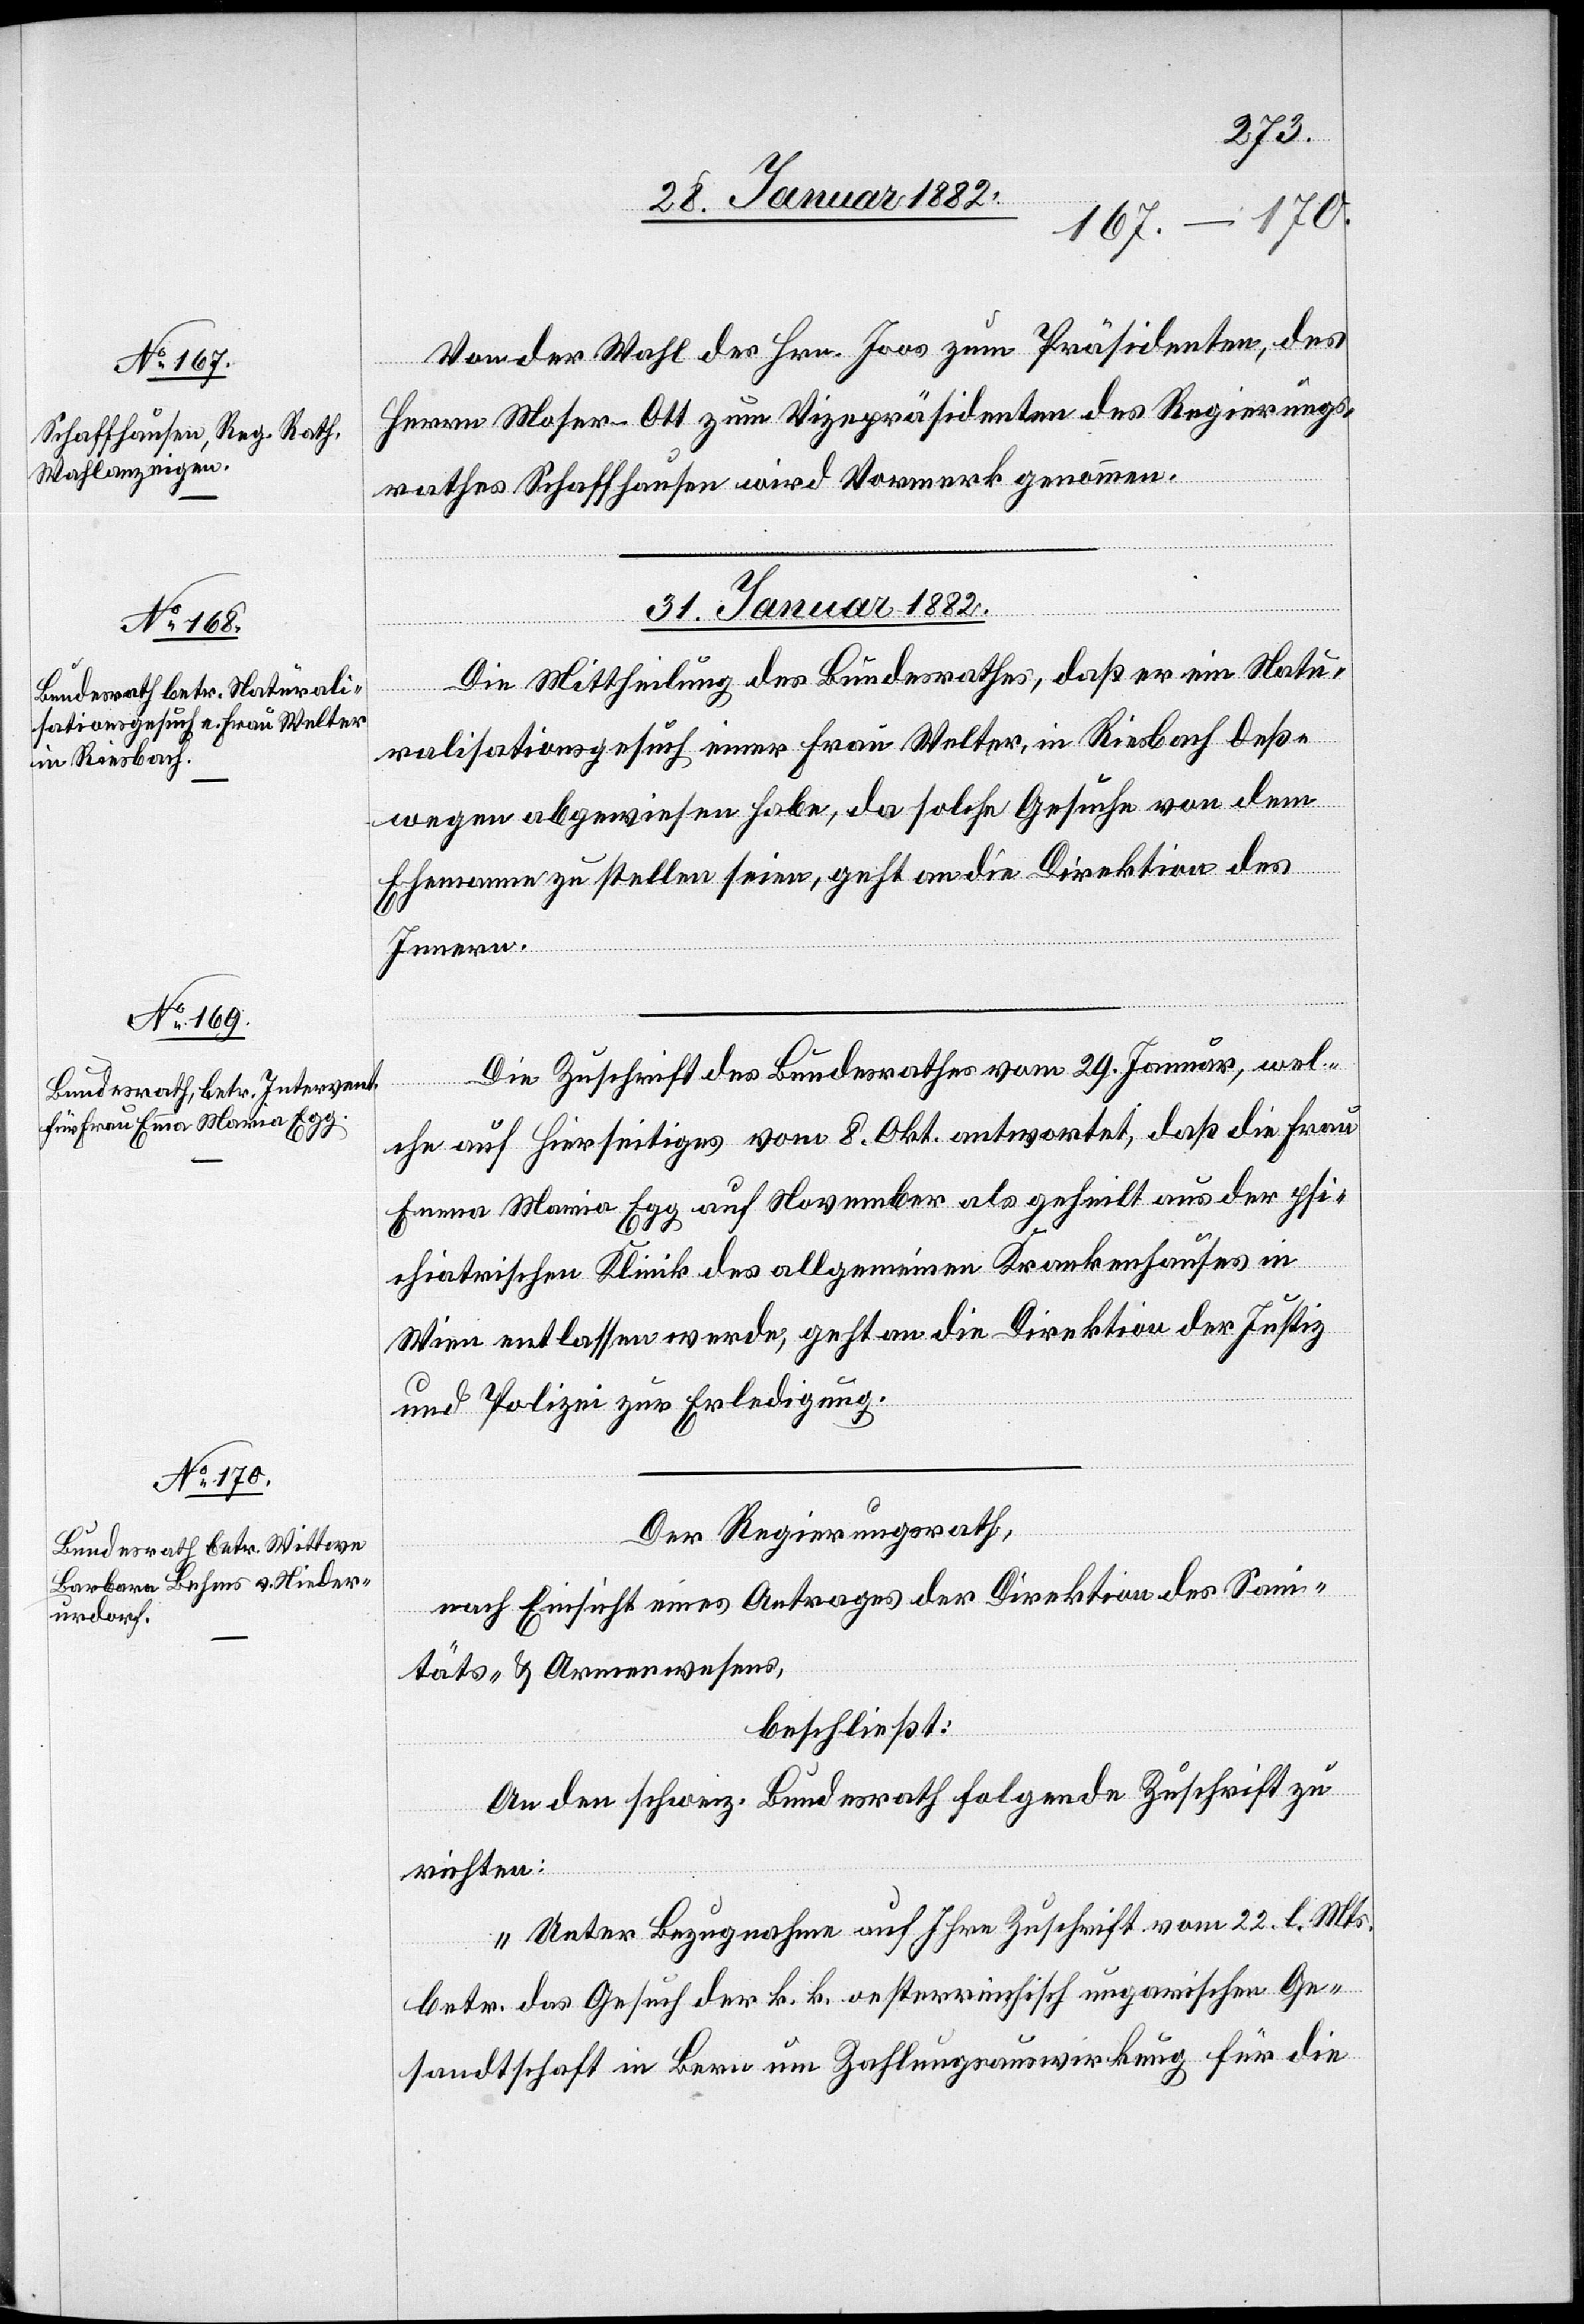
30. Januar 1882]
Von der Wahl des Hrn. Joos zum Präsidenten, des
Herrn Moser-Ott zum Vizepräsidenten des Regierungs¬
rathes Schaffhausen wird Vormerk genommen.
31. Januar 1882]
Die Mittheilung des Bundesrathes, daß er ein Natu¬
ralisationsgesuch einer Frau Welter, in Riesbach deß¬
wegen abgewiesen habe, da solche Gesuche von dem
Ehemanne zu stellen seien, geht an die Direktion des
Innern.
Die Zuschrift des Bundesrathes vom 29. Januar, wel¬
che auf hierseitiges vom 8. Okt. antwortet, daß die Frau
Emma Maria Egg, auf November als geheilt aus der psy¬
chiatrischen Klinik des allgemeinen Krankenhauses in
Wien entlassen werde, geht an die Direktion der Justiz
und Polizei zur Erledigung.
Der Regierungsrath,
nach Einsicht eines Antrages der Direktion des Sani¬
täts- & Armenwesens,
beschließt:
An den schweiz. Bundesrath folgende Zuschrift zu
richten:
„Unter Bezugnahme auf Ihre Zuschrift vom 2. l. Mts.
betr. das Gesuch der k. k. oesterreichisch ungarischen Ge¬
sandtschaft in Bern um Zahlungsauswirkung für die